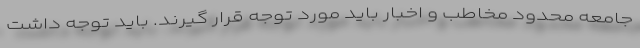
جامعه محدود مخاطب و اخبار باید مورد توجه قرار گیرند. باید توجه داشت